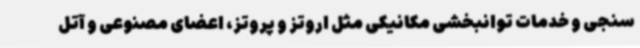
سنجی و خدمات توانبخشی مکانیکی مثل اروتز و پروتز، اعضای مصنوعی و آتل